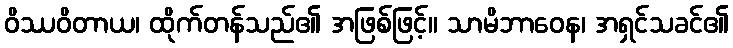
ဝိဿဝိတာယ၊ ထိုက်တန်သည်၏ အဖြစ်ဖြင့်။ သာမိဘာဝေန၊ အရှင်သခင်၏